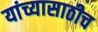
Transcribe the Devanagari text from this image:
यांच्यासाठीच